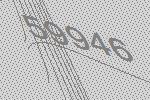
59946